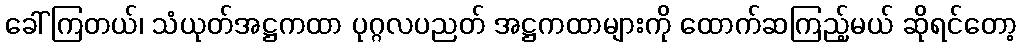
ခေါ်ကြတယ်၊ သံယုတ်အဋ္ဌကထာ ပုဂ္ဂလပညတ် အဋ္ဌကထာများကို ထောက်ဆကြည့်မယ် ဆိုရင်တော့